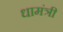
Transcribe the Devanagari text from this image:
धामंत्री